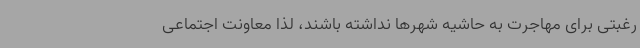
رغبتی برای مهاجرت به حاشیه شهرها نداشته باشند، لذا معاونت اجتماعی